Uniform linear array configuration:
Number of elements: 16
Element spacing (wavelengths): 0.75
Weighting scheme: blackman
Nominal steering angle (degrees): -60
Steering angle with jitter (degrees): -60.363
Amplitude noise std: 0.05
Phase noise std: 0.05

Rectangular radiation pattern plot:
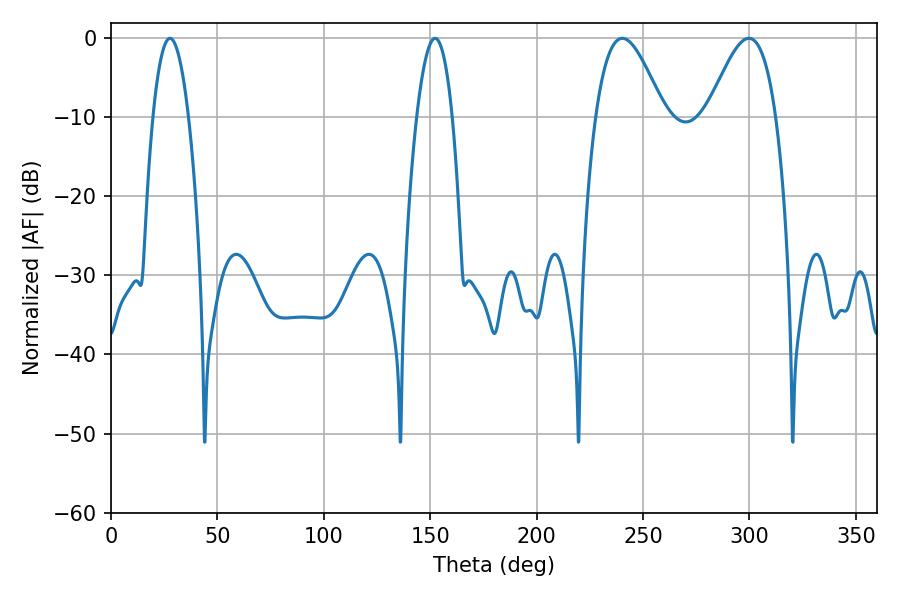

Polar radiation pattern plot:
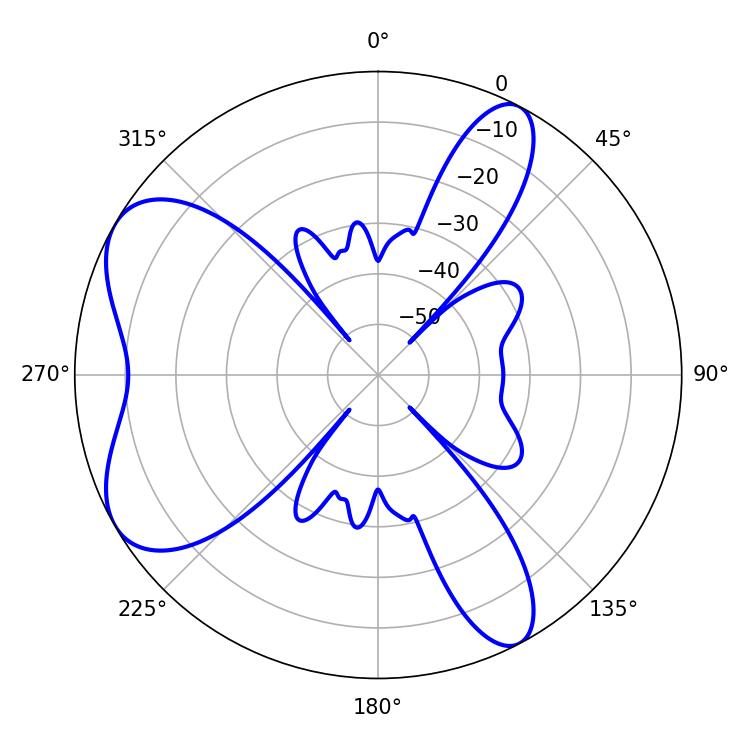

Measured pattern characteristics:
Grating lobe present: TRUE
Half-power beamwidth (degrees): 9.18
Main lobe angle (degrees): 27.72